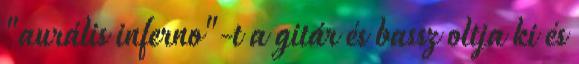
"aurális inferno"-t a gitár és bassz oltja ki és